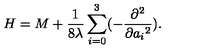
H = M + { \frac { 1 } { 8 \lambda } } \sum _ { i = 0 } ^ { 3 } ( - { \frac { \partial ^ { 2 } } { \partial { a _ { i } } ^ { 2 } } } ) .